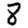
Digit: 8